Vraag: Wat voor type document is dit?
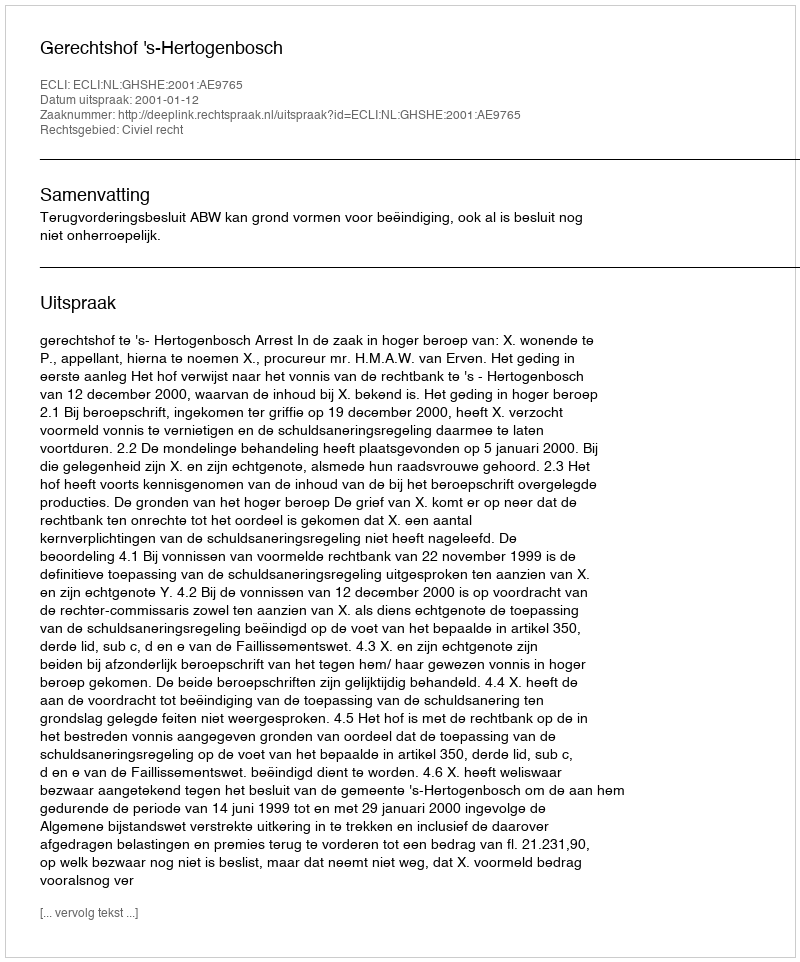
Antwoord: Uitspraak